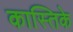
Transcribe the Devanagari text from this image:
कास्तिके